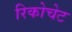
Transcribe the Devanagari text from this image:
रिकोचेट